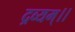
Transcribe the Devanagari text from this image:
द्रव्यम्।।